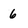
Character: 6